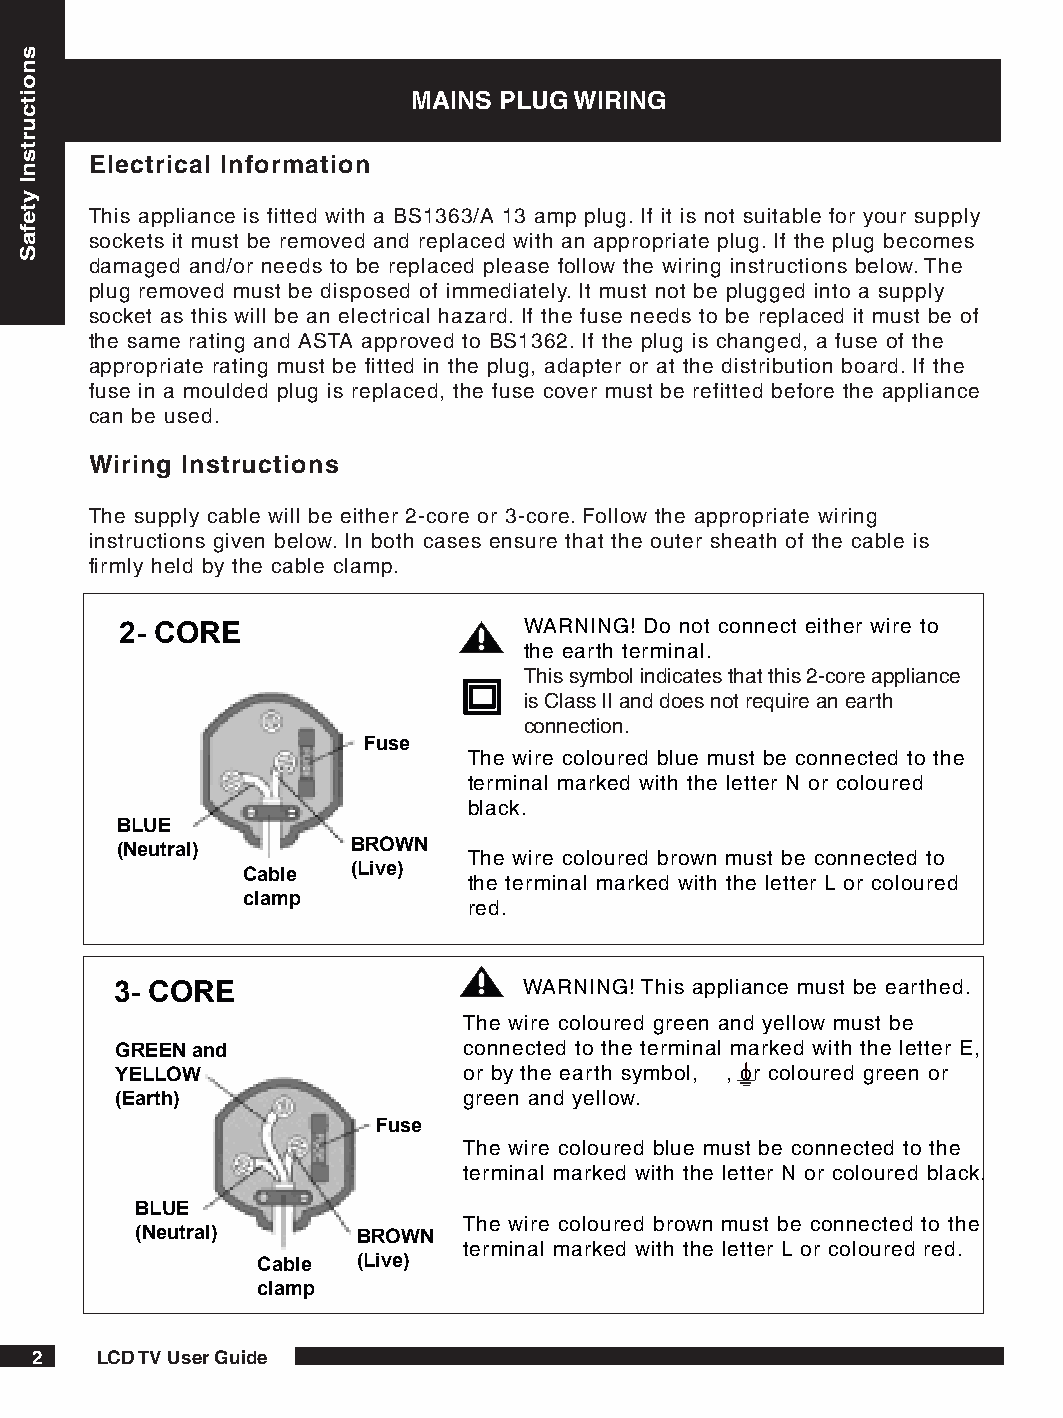
MAINS PLUG WIRING
 Electrical Information
 This appliance is fitted with a BS1363/A 13 amp plug. If it is not suitable for your supply
 sockets it must be removed and replaced with an appropriate plug. If the plug becomes
 damaged and/or needs to be replaced please follow the wiring instructions below. The
 plug removed must be disposed of immediately. It must not be plugged into a supply
 socket as this will be an electrical hazard. If the fuse needs to be replaced it must be of
 the same rating and ASTA approved to BS1362. If the plug is changed, a fuse of the
 appropriate rating must be fitted in the plug, adapter or at the distribution board. If the
 fuse in a moulded plug is replaced, the fuse cover must be refitted before the appliance
 can be used.
 Wiring Instructions
 The supply cable will be either 2-core or 3-core. Follow the appropriate wiring
 instructions given below. In both cases ensure that the outer sheath of the cable is
 firmly held by the cable clamp.
 WARNING! Do not connect either wire to
 2- CORE
 the earth terminal.
 This symbol indicates that this 2-core appliance
 is Class II and does not require an earth
 connection.
 Fuse
 The wire coloured blue must be connected to the
 terminal marked with the letter N or coloured
 black.
 BLUE
 (Neutral)      BROWN   The wire coloured brown must be connected to
 Cable  (Live)  the terminal marked with the letter L or coloured
 clamp
 red.
 3- CORE                    WARNING! This appliance must be earthed.
 The wire coloured green and yellow must be
 GREEN and              connected to the terminal marked with the letter E,
 YELLOW                 or by the earth symbol, , or coloured green or
 (Earth)                green and yellow.
 Fuse
 The wire coloured blue must be connected to the
 terminal marked with the letter N or coloured black.
 BLUE
 The wire coloured brown must be connected to the
 (Neutral)      BROWN
 terminal marked with the letter L or coloured red.
 Cable  (Live)
 clamp
    LCD TV User Guide
 snoitcurtsnI
 ytefaS